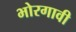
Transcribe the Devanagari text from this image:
भोरगावी